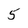
Character: 5